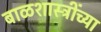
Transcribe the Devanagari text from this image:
बाळशास्त्रींच्या